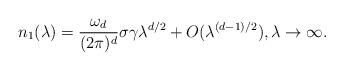
\begin{align*}n_1(\lambda) = \frac{\omega_d}{(2\pi)^d}\sigma \gamma \lambda^{d/2}+O( \lambda^{(d-1)/2}), \lambda\to\infty.\end{align*}